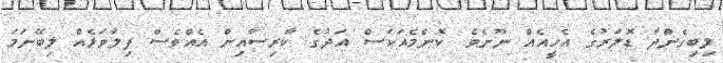
ލިބިގެންދާ ޑޮލަރުގެ އެހީއެއް ނޫނެވެ. ކޮންމެއަކަސް އަދުގެ ކާރިސާއިން އެއްވެސް ފިލާވަޅެއް ލިބޭނަމަ